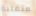
متقلبة